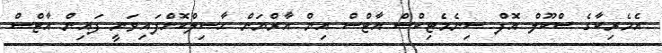
އެމެރިކާގެ ސްކޫލް އޮފް ސިނެމެޓިކްސް އާޓްސް އިން އާރްޔަން ހާސިލްކޮށްފައިވަނީ ފައިން އާޓްސް